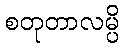
စတုတာလမ္ပိ